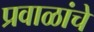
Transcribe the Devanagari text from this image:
प्रवाळांचे